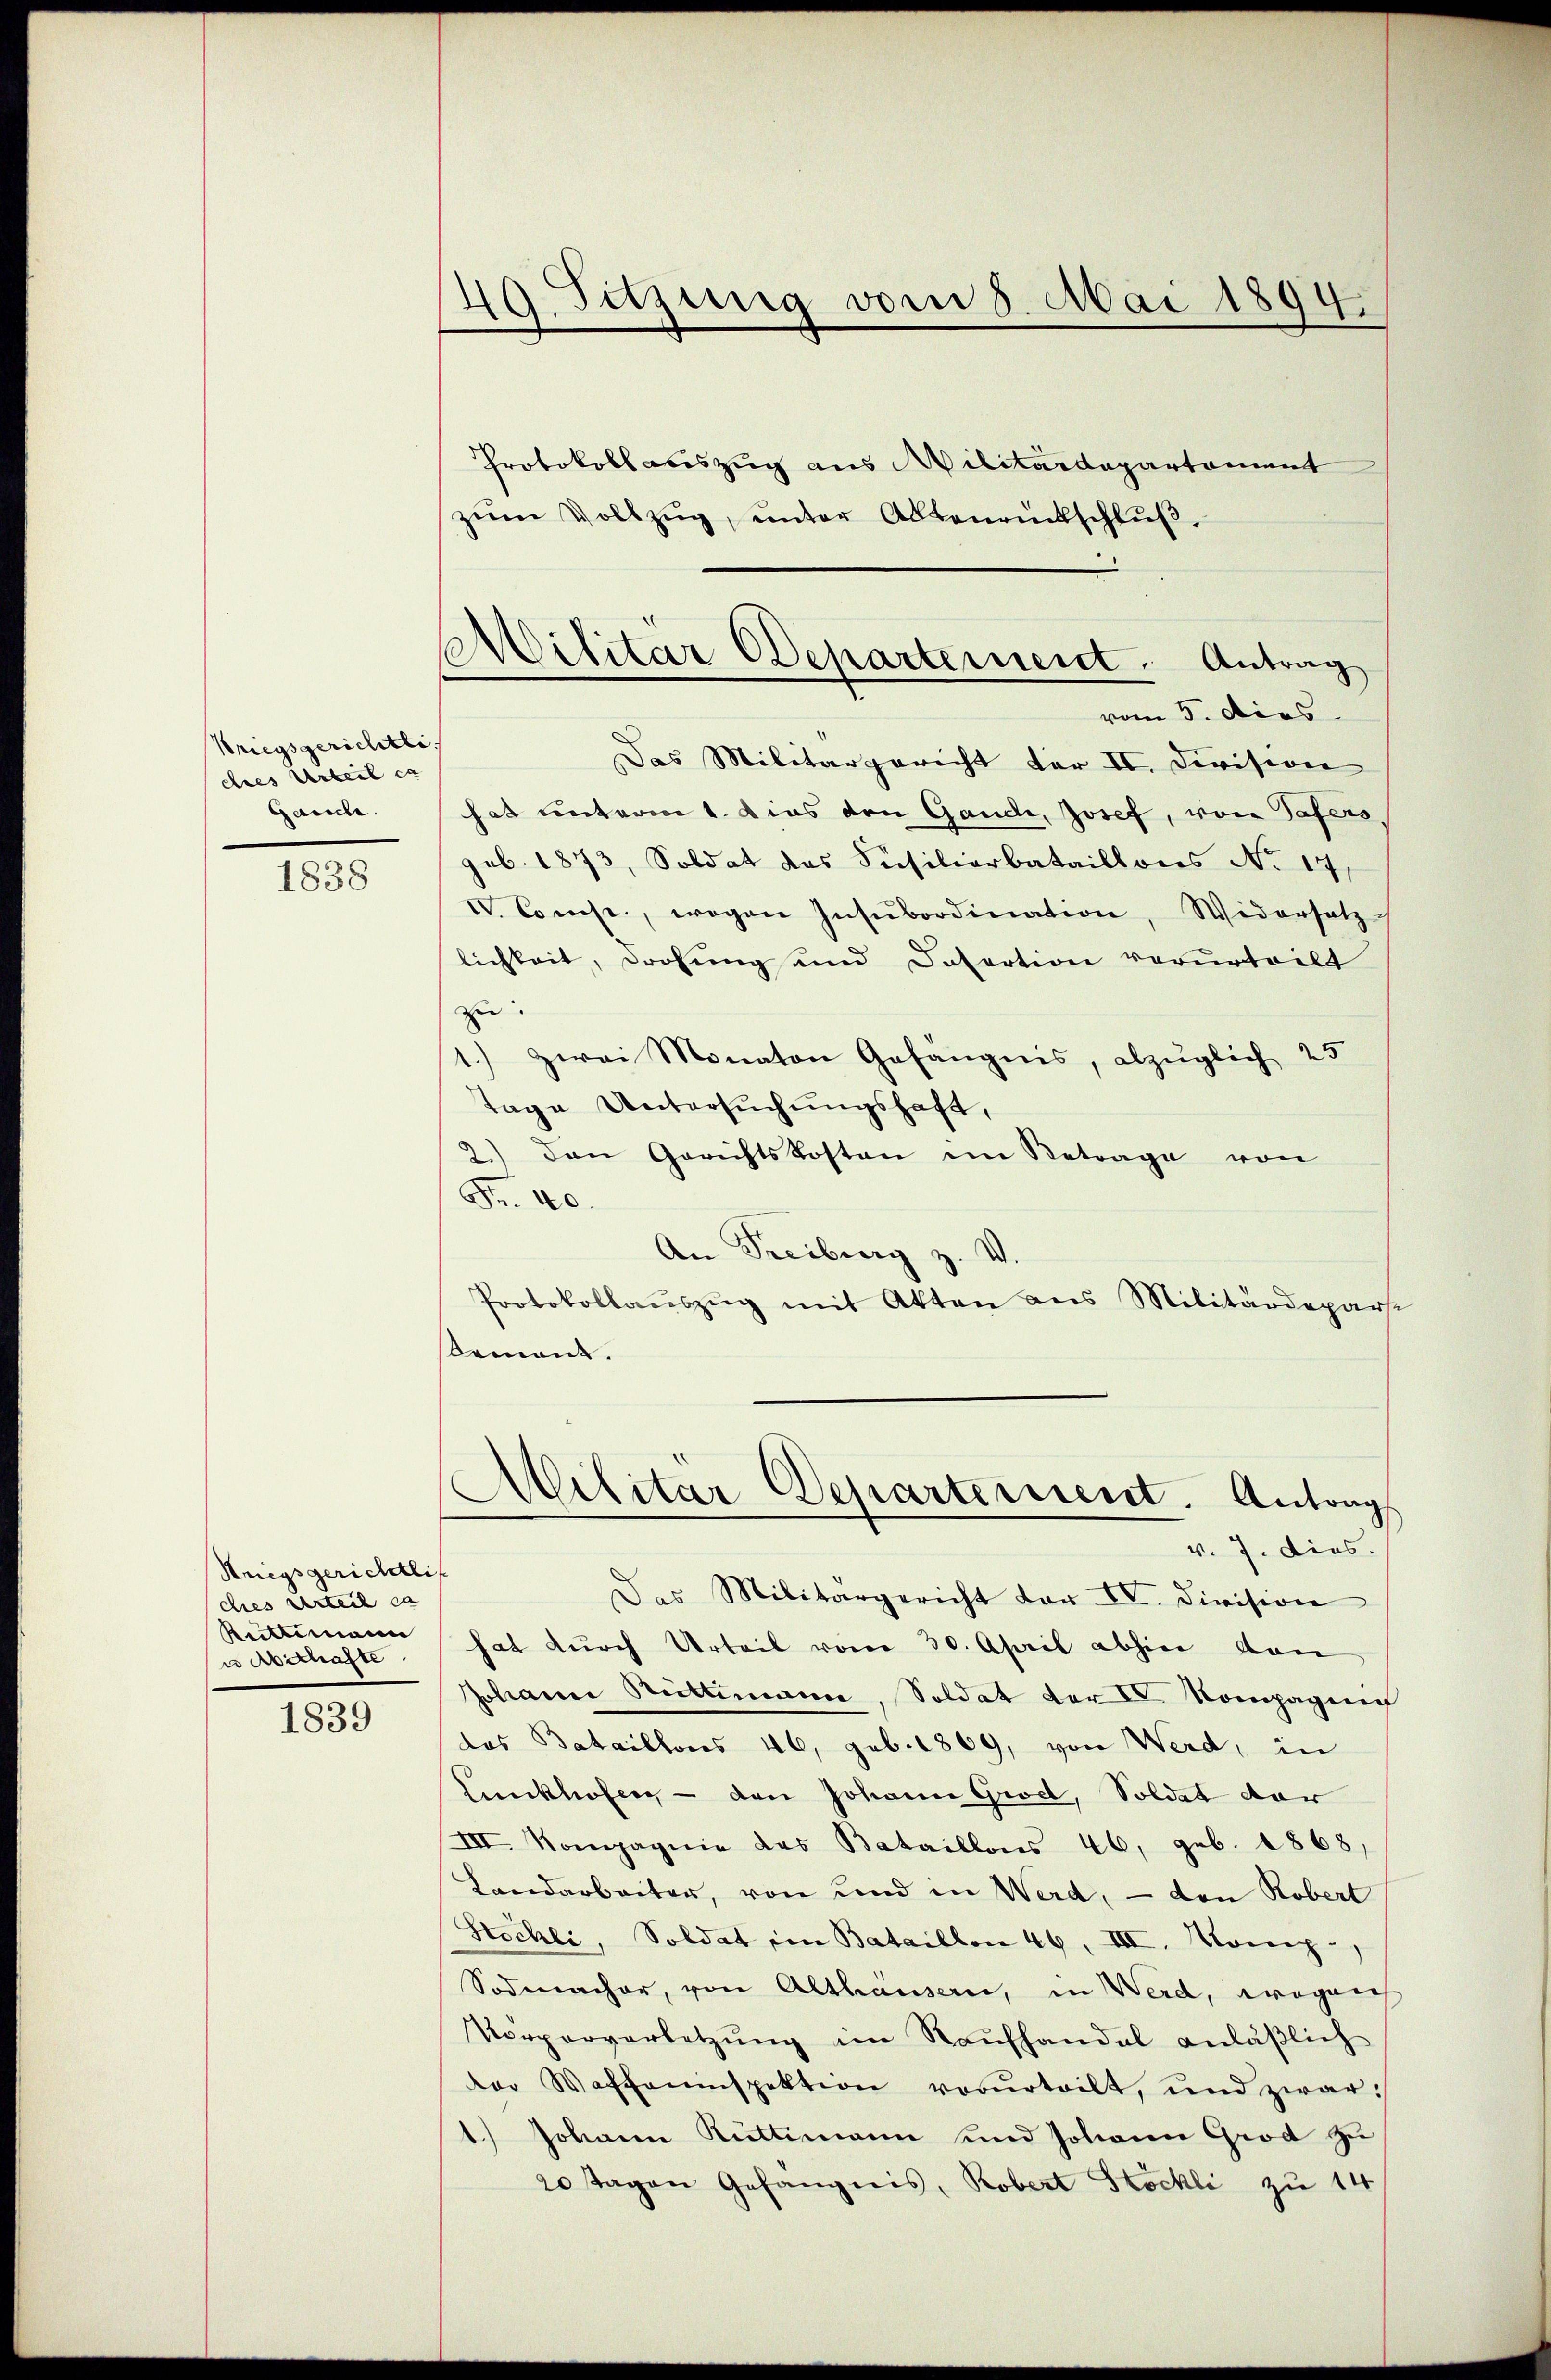
Kriegsgerichtli
dres Urteil ca
Gande.

1838

Kriegsgerichtli
dies Urteil in
Reittimann
e Abschafte

1839

49 Setzung vom 8. Mai 1894.

Protokoll auszug aus Militärdepartament
zŭm Vollzŭg, ŭnter Altenrückschlŭβ
Das Militärgericht der II. Division
hat unterm 1. dies den Gande, Josef, von Tafers
geb. 1873, Soldat des Susilierbataillons No 17.
V. Comp., wegen Insubordination, Widersatz
lichkeit, Drohung und Dafortion verurteilt
zu.
) zwei Monaten Gefängnis, abzüglich 25
Tage Untersuchungshaft,
2) den Gerichtskosten im Betrage von
Fr. 40.
An Freiburg z. V
Protokollaŭszŭg mit Akten aus Militärdepar
Remont.
Militar Departement. Antrag
v. 7. dies.
Das Militärgericht der IV. Division
hat durch Urteil vom 30. April abhin von
Johann Rüttimann, Soldat der I. Kompagnif
das Bataillons 46, geb. 1869, von Werd, in
Lunkhofen — den Johann Groel, Soldat der
III. Kompagnie das Bataillons 46, geb. 1868,
Landarbeiter, von und in Werd, — den Robert
Stechli, Soldat im Bataillon 46. III. Mone,
Sodmacher, von Althausern, in Werd, wegnen
Vorparverletzung im Raufhandel anläßlich
der Waffeninspektion vorurteilt, und zwar:
Johann Rüttimann und Johann Grod zu
20 Tagen Gefängnis, Robert Stockli zu 14

AMilitär Departement. Antrag
vom 5. dies